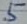
Text: 5